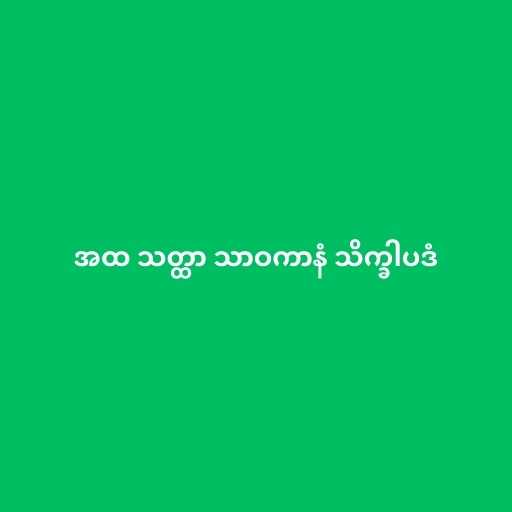
အထ သတ္ထာ သာဝကာနံ သိက္ခါပဒံ